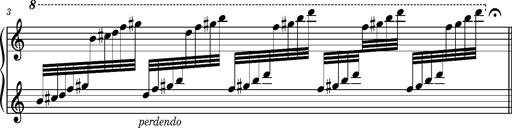
Title: Cadenza, S.695f
Composer: Franz Liszt